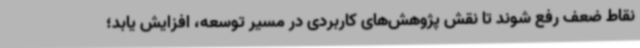
نقاط ضعف رفع شوند تا نقش پژوهش‌های کاربردی در مسیر توسعه، افزایش یابد؛